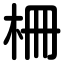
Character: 柵